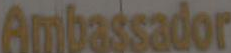
Ambassador